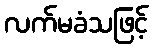
လက်မခံသဖြင့်